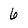
Character: 6